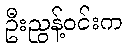
ဦးညွန့်ဝင်းက